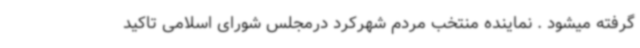
گرفته میشود . نماینده منتخب مردم شهرکرد درمجلس شورای اسلامی تاکید